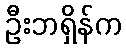
ဦးဘရှိန်က